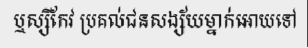
ឬស្សីកែវ ប្រគល់ជនសង្ស័យម្នាក់អោយទៅ